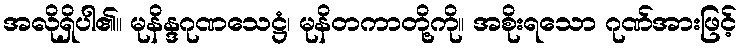
အလိုရှိပါ၏။ မုနိန္ဒဂုဏသေဋ္ဌံ၊ မုနိတကာတို့ကို။ အစိုးရသော ဂုဏ်အားဖြင့်